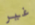
غير